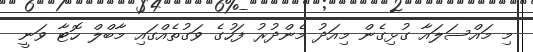
މި މައްސަލައާ ގުޅިގެން މިއަދު މެންދުރު ފަހުގެ ވަގުތެއްގައި މާބްލް ހޮޓާ ވަނީ